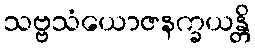
သဗ္ဗသံယောဇနက္ခယန္တိ